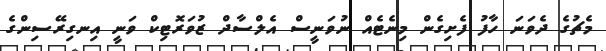
މެޗުގެ ދެވަނަ ހާފު ފެށިގެން މިނެޓެއް ނުވަނީސް އެލްސާދް ޒުވަރޮޓިކް ވަނީ އިނގިރޭސިންގެ